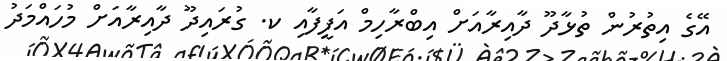
އޭގެ އިތުރުން ތުޅާދޫ ދާއިރާއަށް އިބްރާހިމް އަފީފާއި ކ. ގުރައިދޫ ދާއިރާއަށް މުހައްމަދު